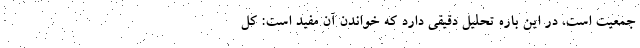
جمعیت است، در این باره تحلیل دقیقی دارد که خواندن آن مفید است: کل